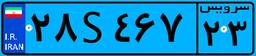
۷۱S۴۷۰۵۹